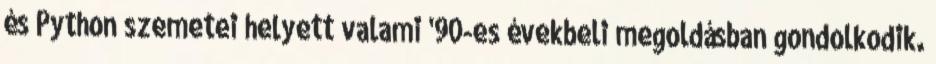
és Python szemetei helyett valami '90-es évekbeli megoldásban gondolkodik.